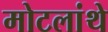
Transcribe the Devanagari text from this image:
मोटलांथे